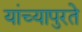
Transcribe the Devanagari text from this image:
यांच्यापुरते